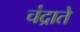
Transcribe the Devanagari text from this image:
चंद्राते